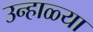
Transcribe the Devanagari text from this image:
उन्हाळ्या